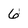
Character: 6